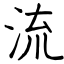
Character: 流